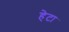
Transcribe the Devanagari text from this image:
हेटा